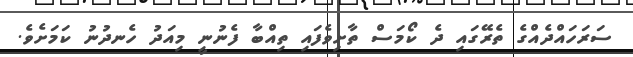
ސަރަހައްދެއްގެ ތެރޭގައި ދެ ކޯމަސް ތާށިވެފައި ތިއްބާ ފެނުނީ މިއަދު ހެނދުނު ކަމަށެވެ.